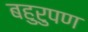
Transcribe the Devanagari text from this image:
बहुरुपण